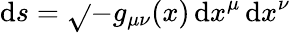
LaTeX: \mathrm{d}s={\sqrt{}{{-g_{\mu\nu}(x)\, \mathrm{d}x^{\mu}\, \mathrm{d}x^{\nu}}}}